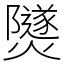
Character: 𤑾